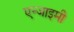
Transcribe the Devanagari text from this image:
एन्जाइमी